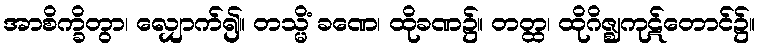
အာစိက္ခိတွာ၊ လျှောက်၍။ တသ္မိံ ခဏေ၊ ထိုခဏ၌။ တတ္ထ၊ ထိုဂိဇ္ဈကုဋ်တောင်၌။